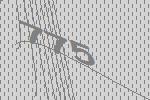
775